Vaccination report Assam 1874-1896 - 1874-1896
Year: 1874
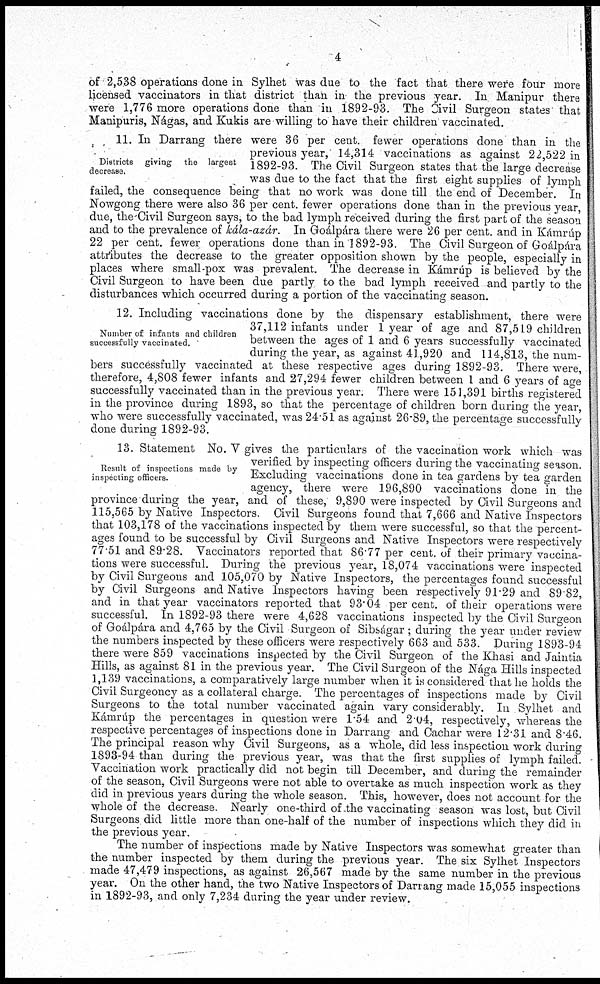
4
of 2,538 operations done in Sylhet was due to the fact that there were four more
licensed vaccinators in that district than in the previous year. In Manipur there
were 1,776 more operations done than in 1892-93. The Civil Surgeon states that
Manipuris, Nágas, and Kukis are willing to have their children vaccinated.
Districts giving the largest
decrease.
11. In Darrang there were 36 per cent. fewer operations done than in the
previous year, 14,314 vaccinations as against 22,522 in
1892-93. The Civil Surgeon states that the large decrease
was due to the fact that the first eight supplies of lymph
failed, the consequence being that no work was done till the end of December. In
Nowgong there were also 36 per cent. fewer operations done than in the previous year,
due, the Civil Surgeon says, to the bad lymph received during the first part of the season
and to the prevalence of kála-azár. In Goálpára there were 26 per cent. and in Kámrúp
22 per cent. fewer operations done than in 1892-93. The Civil Surgeon of Goálpára
attributes the decrease to the greater opposition shown by the people, especially in
places where small-pox was prevalent. The decrease in Kámrúp is believed by the
Civil Surgeon to have been due partly to the bad lymph received and partly to the
disturbances which occurred during a portion of the vaccinating season.
Number of infants and children
successfully vaccinated.
12. Including vaccinations done by the dispensary establishment, there were
37,112 infants under 1 year of age and 87,519 children
between the ages of 1 and 6 years successfully vaccinated
during the year, as against 41,920 and 114,813, the num-
bers successfully vaccinated at these respective ages during 1892-93. There were,
therefore, 4,808 fewer infants and 27,294 fewer children between 1 and 6 years of age
successfully vaccinated than in the previous year. There were 151,391 births registered
in the province during 1893, so that the percentage of children born during the year,
who were successfully vaccinated, was 24 51 as against 26.89, the percentage successfully
done during 1892-93.
Result of inspections made by
inspecting officers.
13. Statement No. V gives the particulars of the vaccination work which was
verified by inspecting officers during the vaccinating season.
Excluding vaccinations done in tea gardens by tea garden
agency, there were 196,890 vaccinations done in the
province during the year, and of these, 9,890 were inspected by Civil Surgeons and
115,565 by Native Inspectors. Civil Surgeons found that 7,666 and Native Inspectors
that 103,178 of the vaccinations inspected by them were successful, so that the percent-
ages found to be successful by Civil Surgeons and Native Inspectors were respectively
77.51 and 89.28. Vaccinators reported that 86.77 per cent. of their primary vaccina-
tions were successful. During the previous year, 18,074 vaccinations were inspected
by Civil Surgeons and 105,070 by Native Inspectors, the percentages found successful
by Civil Surgeons and Native Inspectors having been respectively 91.29 and 89.82,
and in that year vaccinators reported that 93.04 per cent. of their operations were
successful. In 1892-93 there were 4,628 vaccinations inspected by the Civil Surgeon
of Goálpára and 4,765 by the Civil Surgeon of Sibságar ; during the year under review
the numbers inspected by these officers were respectively 663 and 533. During 1893-94
there were 859 vaccinations inspected by the Civil Surgeon of the Khasi and Jaintia
Hills, as against 81 in the previous year. The Civil Surgeon of the Nága Hills inspected
1,139 vaccinations, a comparatively large number when it is considered that he holds the
Civil Surgeoncy as a collateral charge. The percentages of inspections made by Civil
Surgeons to the total number vaccinated again vary considerably. In Sylhet and
Kámrúp the percentages in question were 1.54 and 2.04, respectively, whereas the
respective percentages of inspections done in Darrang and Cachar were 12.31 and 8.46.
The principal reason why Civil Surgeons, as a whole, did less inspection work during
1893-94 than during the previous year, was that the first supplies of lymph failed.
Vaccination work practically did not begin till December, and during the remainder
of the season, Civil Surgeons were not able to overtake as much inspection work as they
did in previous years during the whole season. This, however, does not account for the
whole of the decrease. Nearly one-third of the vaccinating season was lost, but Civil
Surgeons did little more than one-half of the number of inspections which they did in
the previous year.
The number of inspections made by Native Inspectors was somewhat greater than
the number inspected by them during the previous year. The six Sylhet Inspectors
made 47,479 inspections, as against 26,567 made by the same number in the previous
year. On the other hand, the two Native Inspectors of Darrang made 15,055 inspections
in 1892-93, and only 7,234 during the year under review.